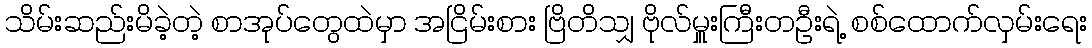
သိမ်းဆည်းမိခဲ့တဲ့ စာအုပ်တွေထဲမှာ အငြိမ်းစား ဗြိတိသျှ ဗိုလ်မှူးကြီးတဦးရဲ့ စစ်ထောက်လှမ်းရေး